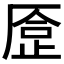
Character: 𠪈